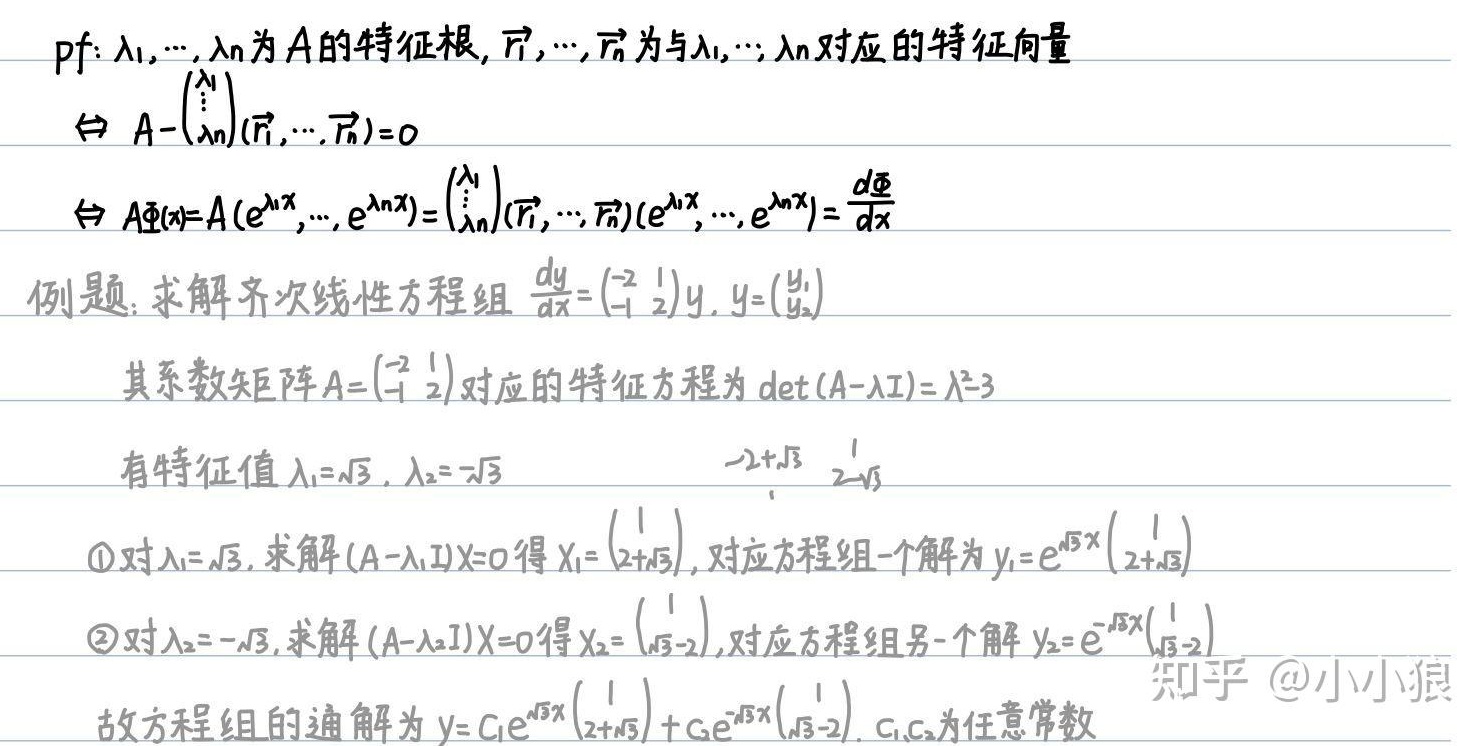
pf: \(\lambda_1,\cdots,\lambda_n\) 为 \(A\) 的特征根，\(\vec{r}_1,\cdots,\vec{r}_n\) 为与 \(\lambda_1,\cdots,\lambda_n\) 对应的特征向量
\(\Leftrightarrow A - \begin{pmatrix}\lambda_1\\&\ddots\\&&\lambda_n\end{pmatrix}(\vec{r}_1,\cdots,\vec{r}_n)=0\)
\(\Leftrightarrow A\varPhi(x)=A(e^{\lambda_1 x},\cdots,e^{\lambda_n x})=\begin{pmatrix}\lambda_1\\&\ddots\\&&\lambda_n\end{pmatrix}(\vec{r}_1,\cdots,\vec{r}_n)(e^{\lambda_1 x},\cdots,e^{\lambda_n x})=\frac{d\varPhi}{dx}\)

例题：求解齐次线性方程组 \(\frac{dy}{dx}=\begin{pmatrix}-2&1\\-1&2\end{pmatrix}y\)，\(y = \begin{pmatrix}y_1\\y_2\end{pmatrix}\)。其系数矩阵 \(A=\begin{pmatrix}-2&1\\-1&2\end{pmatrix}\) 对应的特征方程为 \(\text{det}(A - \lambda I)=\lambda^2 - 3\)，有特征值 \(\lambda_1=\sqrt{3}\)，\(\lambda_2 = -\sqrt{3}\)。

\(\begin{vmatrix}-2+\sqrt{3}&1\\-1&2 - \sqrt{3}\end{vmatrix}\)

\textcircled{1} 对 \(\lambda_1=\sqrt{3}\)，求解 \((A-\lambda_1 I)X = 0\) 得 \(X_1=\begin{pmatrix}1\\2+\sqrt{3}\end{pmatrix}\)，对应方程组一个解为 \(y_1=e^{\sqrt{3}x}\begin{pmatrix}1\\2+\sqrt{3}\end{pmatrix}\)。

\textcircled{2} 对 \(\lambda_2=-\sqrt{3}\)，求解 \((A - \lambda_2 I)X = 0\) 得 \(X_2=\begin{pmatrix}1\\\sqrt{3}-2\end{pmatrix}\)，对应方程组另一个解 \(y_2=e^{-\sqrt{3}x}\begin{pmatrix}1\\\sqrt{3}-2\end{pmatrix}\)。

故方程组的通解为 \(y = C_1e^{\sqrt{3}x}\begin{pmatrix}1\\2+\sqrt{3}\end{pmatrix}+C_2e^{-\sqrt{3}x}\begin{pmatrix}1\\\sqrt{3}-2\end{pmatrix}\)，\(C_1,C_2\) 为任意常数。

知乎 @小小狼